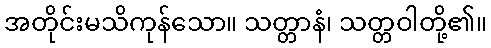
အတိုင်းမသိကုန်သော။ သတ္တာနံ၊ သတ္တဝါတို့၏။